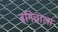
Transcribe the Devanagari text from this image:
बगिचाला